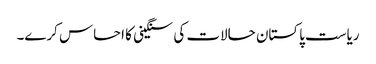
ریاست پاکستان حالات کی سنگینی کا احساس کرے۔